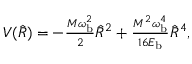
\begin{array} { r } { V ( \hat { R } ) = - \frac { M \omega _ { \mathrm { b } } ^ { 2 } } { 2 } \hat { R } ^ { 2 } + \frac { M ^ { 2 } \omega _ { \mathrm { b } } ^ { 4 } } { 1 6 E _ { \mathrm { b } } } \hat { R } ^ { 4 } , } \end{array}